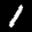
Label: 1